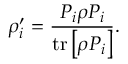
\rho _ { i } ^ { \prime } = { \frac { P _ { i } \rho P _ { i } } { \operatorname { t r } \left[ \rho P _ { i } \right] } } .